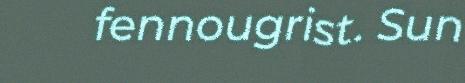
fennougrist. Sun